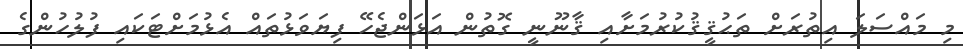
މި މައްސަަލަ އިތުރަށް ތަޙުޤީޤުކުރުމަށާއި ޤާނޫނީ ގޮތުން އަޅަންޖެހޭ ފިޔަވަޅުތައް އެޅުމަށްޓަކައި ފުލުހުންގެ